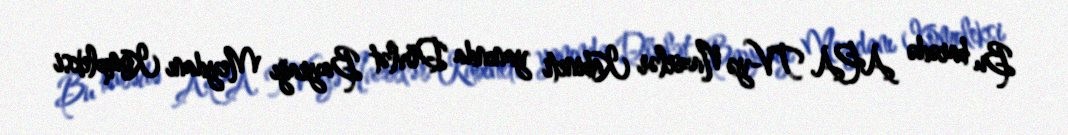
Bu barədə APA TV-yə Nazirlər Kabineti yanında Dövlət Bayrağı Meydanı Kompleksi